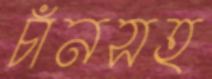
চাঁনসহ